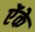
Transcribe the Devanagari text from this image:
ऐंके